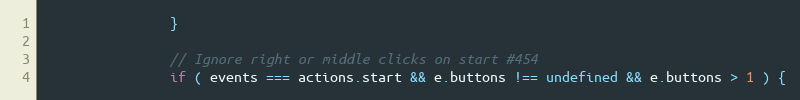
Language: JavaScript
                }

                // Ignore right or middle clicks on start #454
                if ( events === actions.start && e.buttons !== undefined && e.buttons > 1 ) {